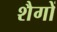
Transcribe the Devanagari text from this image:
शैगों